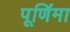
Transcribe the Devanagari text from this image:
पूणि॔मा